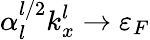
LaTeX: \alpha_{l}^{l/2}k_{x}^{l}\to\varepsilon_{F}